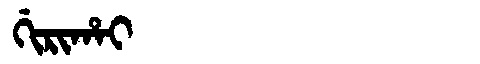
Manchu: ᡤᡳᡵᡳᡥᠠᡳ
Romanization: GIRIHAI